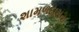
શામળદાસના